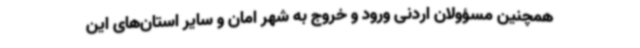
همچنین مسؤولان اردنی ورود و خروج به شهر امان و سایر استان‌های این